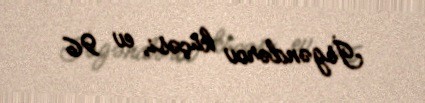
İsgəndərov küçəsi, ev 96